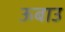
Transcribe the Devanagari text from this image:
ऊबाउ